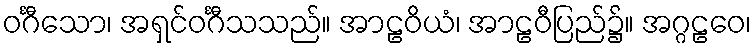
ဝင်္ဂီသော၊ အရှင်ဝင်္ဂီသသည်။ အာဠဝိယံ၊ အာဠဝီပြည်၌။ အဂ္ဂဠဝေ၊